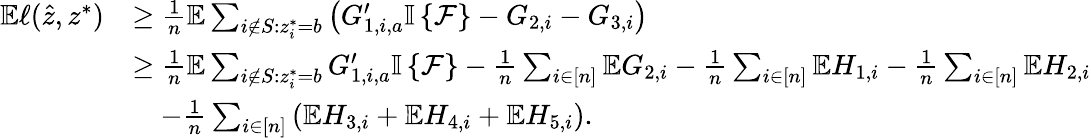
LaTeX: \begin{array}{rl}{\mathbb{E}\ell(\hat{z},z^{*})}&{\geq\frac{1}{n}\mathbb{E}\sum_{i\notin S:z_{i}^{*}=b}\left(G_{1,i,a}^{\prime}{\mathbb{I}\left\{ {\mathcal{F}}\right\} }-G_{2,i}-G_{3,i}\right)}\\ &{\geq\frac{1}{n}\mathbb{E}\sum_{i\notin S:z_{i}^{*}=b}G_{1,i,a}^{\prime}{\mathbb{I}\left\{ {\mathcal{F}}\right\} }-\frac{1}{n}\sum_{i\in[n]}\mathbb{E}G_{2,i}-\frac{1}{n}\sum_{i\in[n]}\mathbb{E}H_{1,i}-\frac{1}{n}\sum_{i\in[n]}\mathbb{E}H_{2,i}}\\ &{\quad-\frac{1}{n}\sum_{i\in[n]}\left(\mathbb{E}H_{3,i}+\mathbb{E}H_{4,i}+\mathbb{E}H_{5,i}\right).}\end{array}